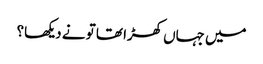
میں جہاں کھڑا تھا تو نے دیکھا؟